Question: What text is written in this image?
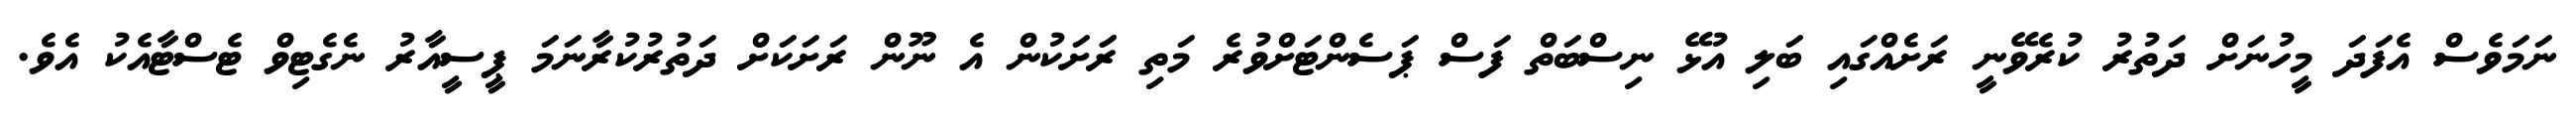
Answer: ނަމަވެސް އެފަދަ މީހުނަށް ދަތުރު ކުރެވޭނީ ރަށެއްގައި ބަލި އުޅޭ ނިސްބަތް ފަސް ޕަސެންޓަށްވުރެ މަތި ރަަށަކުން އެ ނޫން ރަށަކަށް ދަތުރުކުރާނަމަ ޕީސީއާރު ނެގެޓިވް ޓެސްޓާއެކު އެވެ.